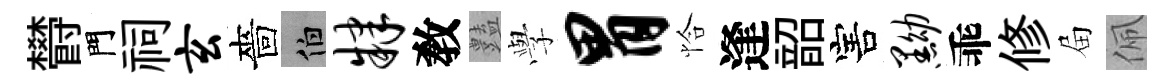
欎門祠玄嗇伯肄敎𧰟𫝯胃恰逢韶害黝乖修屇佩